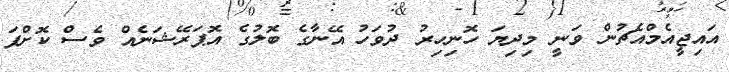
އައިޖީއެމްއެޗުން ވަނީ މިދިޔަ ހޮނިހިރު ދުވަހު އޭނާގެ ބޮލުގެ އޮޕަރޭޝަނެއް ވެސް ކޮށްފަ